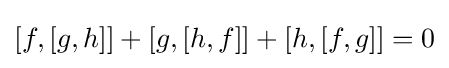
[f,[g,h]]+[g,[h,f]]+[h,[f,g]]=0